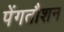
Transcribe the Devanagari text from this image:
पेंगतौशन